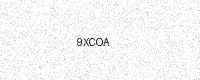
Text: 9XCOA